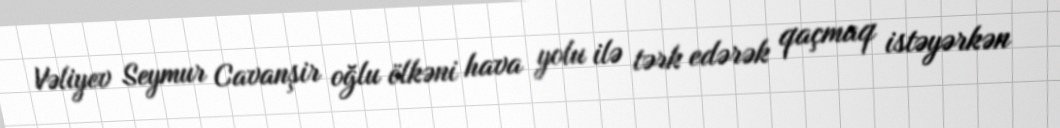
Vəliyev Seymur Cavanşir oğlu ölkəni hava yolu ilə tərk edərək qaçmaq istəyərkən